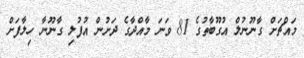
މައްޗަށް ގާނޫނުލް އުގޫބާތުގެ 81 ވަނަ މާއްދާގެ ދަށުން އުފުލި ގާނޫނާ ހިލާފަށް